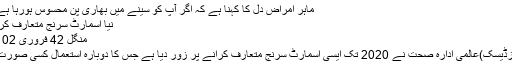
ماہر امراض دل کا کہنا ہے کہ اگر آپ کو سینے میں بھاری پن محسوس ہورہا ہے یا معدے ...
نیا اسمارٹ سرنج متعارف کر انے پر زور
منگل‬‮ 24 فروری‬‮ 2015 | 11:40
نیو یارک(نیوزڈیسک)عالمی ادارہ صحت نے 2020 تک ایسی اسمارٹ سرنج متعارف کرانے پر زور دیا ہے جس کا دوبارہ استعمال کسی صورت ممکن نہ ہو۔